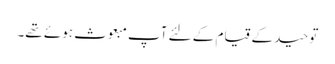
توحید کے قیام کے لئے آپ مبعوث ہوئے تھے۔